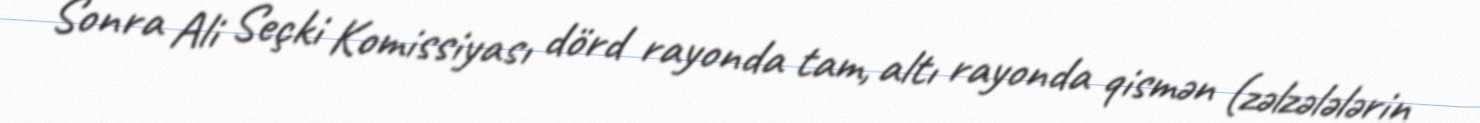
Sonra Ali Seçki Komissiyası dörd rayonda tam, altı rayonda qismən (zəlzələlərin